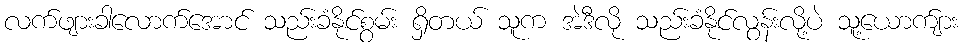
လက်ဖျားခါလောက်အောင် သည်းခံနိုင်စွမ်း ရှိတယ် သူက အဲဒီလို သည်းခံနိုင်လွန်းလို့ပဲ သူ့ယောက်ျား